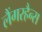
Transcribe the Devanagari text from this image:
लैंगरहैन्स